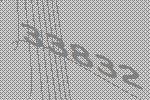
33832